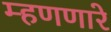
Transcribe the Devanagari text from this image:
म्हणणारे